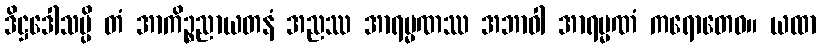
ဒိဋ္ဌဒေါသမ္ပိ တံ အာကိဉ္စညာယတနံ အညဿ အာရမ္မဏဿ အဘာဝါ အာရမ္မဏံ ကရောတေဝ။ ယထာ